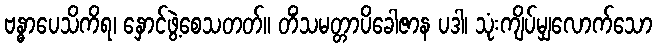
ဗန္ဓာပေသိကိရ၊ နှောင်ဖွဲ့စေသတတ်။ တိံသမတ္တာပိခေါဇာန ပဒါ၊ သုံးကျိပ်မျှလောက်သော